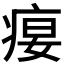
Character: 𰣭